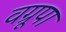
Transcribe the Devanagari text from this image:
वग्रूपा